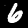
Label: 6